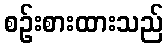
စဉ်းစားထားသည်